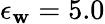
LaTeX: \epsilon_{\mathbf{w}}=5.0